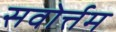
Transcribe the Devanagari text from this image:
सवोर्त्तम